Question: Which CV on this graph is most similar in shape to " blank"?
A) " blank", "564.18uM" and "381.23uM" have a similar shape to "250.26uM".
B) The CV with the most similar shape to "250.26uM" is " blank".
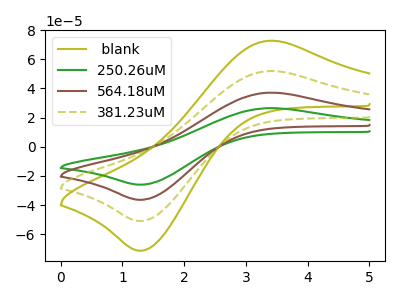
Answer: <think>The olive curve " blank" has an anodic peak at (3.35V, 111.40uA) and a cathodic peak at (1.30V, -109.15uA). The green curve "250.26uM" has an anodic peak at (3.35V, 26.55uA) and a cathodic peak at (1.30V, -26.00uA). The brown curve "564.18uM" has an anodic peak at (3.35V, 37.15uA) and a cathodic peak at (1.30V, -36.40uA). The olive dashed curve "381.23uM" has an anodic peak at (3.35V, 74.25uA) and a cathodic peak at (1.30V, -72.75uA).
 All the peaks in " blank" have a peak in "250.26uM" at the same potential. Every peak in " blank" is higher than every peak in "250.26uM". All the peaks in " blank" have a peak in "564.18uM" at the same potential. Every peak in " blank" is higher than every peak in "564.18uM". All the peaks in " blank" have a peak in "381.23uM" at the same potential. Every peak in " blank" is higher than every peak in "381.23uM". All the peaks in "250.26uM" have a peak in "564.18uM" at the same potential. Every peak in "250.26uM" is lower than every peak in "564.18uM". All the peaks in "250.26uM" have a peak in "381.23uM" at the same potential. Every peak in "250.26uM" is lower than every peak in "381.23uM". All the peaks in "564.18uM" have a peak in "381.23uM" at the same potential. Every peak in "564.18uM" is lower than every peak in "381.23uM".</think>
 <answer>A) " blank", "564.18uM" and "381.23uM" have a similar shape to "250.26uM".</answer>
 <eval>A</eval>